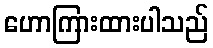
ဟောကြားထားပါသည်